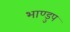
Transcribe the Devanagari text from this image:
भाण्डुप